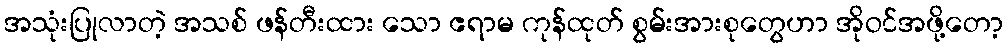
အသုံးပြုလာတဲ့ အသစ် ဖန်တီးထား သော ဧရာမ ကုန်ထုတ် စွမ်းအားစုတွေဟာ အိုဝင်အဖို့တော့